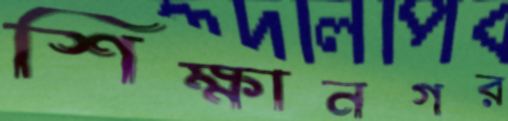
শিক্ষানগর